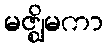
မဇ္ဈိမကာ